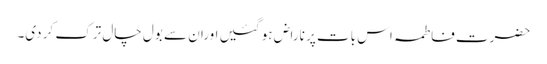
حضرت فاطمہ اس بات پر ناراض ہو گئیں اوران سے بول چال ترک کر دی۔